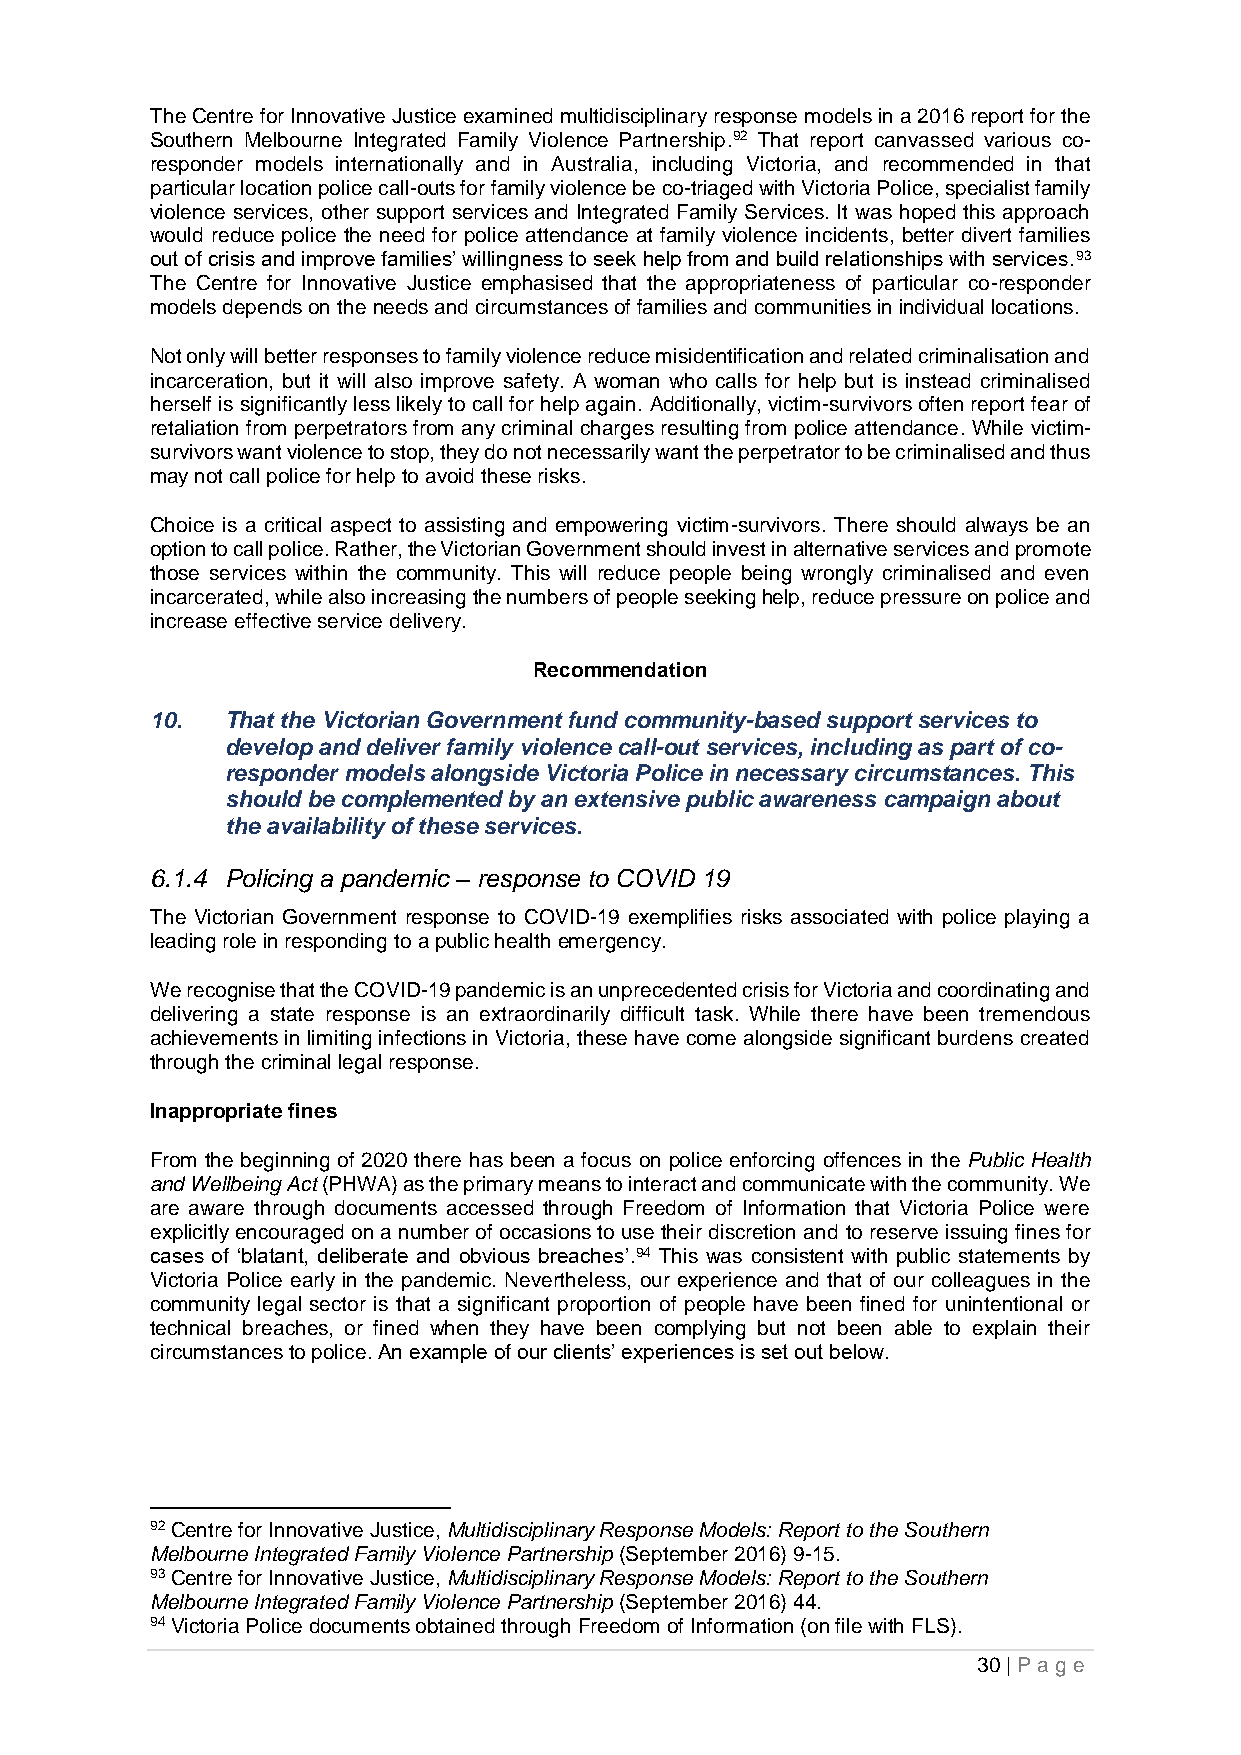
The Centre for Innovative Justice examined multidisciplinary response models in a 2016 report for the
 Southern Melbourne Integrated Family Violence Partnership.92 That report canvassed various co-
 responder models internationally and in Australia, including Victoria, and recommended in that
 particular location police call-outs for family violence be co-triaged with Victoria Police, specialist family
 violence services, other support services and Integrated Family Services. It was hoped this approach
 would reduce police the need for police attendance at family violence incidents, better divert families
 out of crisis and improve families’ willingness to seek help from and build relationships with services.93
 The Centre for Innovative Justice emphasised that the appropriateness of particular co-responder
 models depends on the needs and circumstances of families and communities in individual locations.
 Not only will better responses to family violence reduce misidentification and related criminalisation and
 incarceration, but it will also improve safety. A woman who calls for help but is instead criminalised
 herself is significantly less likely to call for help again. Additionally, victim-survivors often report fear of
 retaliation from perpetrators from any criminal charges resulting from police attendance. While victim-
 survivors want violence to stop, they do not necessarily want the perpetrator to be criminalised and thus
 may not call police for help to avoid these risks.
 Choice is a critical aspect to assisting and empowering victim-survivors. There should always be an
 option to call police. Rather, the Victorian Government should invest in alternative services and promote
 those services within the community. This will reduce people being wrongly criminalised and even
 incarcerated, while also increasing the numbers of people seeking help, reduce pressure on police and
 increase effective service delivery.
 Recommendation
 10.  That the Victorian Government fund community-based support services to
 develop and deliver family violence call-out services, including as part of co-
 responder models alongside Victoria Police in necessary circumstances. This
 should be complemented by an extensive public awareness campaign about
 the availability of these services.
 6.1.4 Policing a pandemic – response to COVID 19
 The Victorian Government response to COVID-19 exemplifies risks associated with police playing a
 leading role in responding to a public health emergency.
 We recognise that the COVID-19 pandemic is an unprecedented crisis for Victoria and coordinating and
 delivering a state response is an extraordinarily difficult task. While there have been tremendous
 achievements in limiting infections in Victoria, these have come alongside significant burdens created
 through the criminal legal response.
 Inappropriate fines
 From the beginning of 2020 there has been a focus on police enforcing offences in the Public Health
 and Wellbeing Act (PHWA) as the primary means to interact and communicate with the community. We
 are aware through documents accessed through Freedom of Information that Victoria Police were
 explicitly encouraged on a number of occasions to use their discretion and to reserve issuing fines for
 cases of ‘blatant, deliberate and obvious breaches’.94 This was consistent with public statements by
 Victoria Police early in the pandemic. Nevertheless, our experience and that of our colleagues in the
 community legal sector is that a significant proportion of people have been fined for unintentional or
 technical breaches, or fined when they have been complying but not been able to explain their
 circumstances to police. An example of our clients’ experiences is set out below.
 92 Centre for Innovative Justice, Multidisciplinary Response Models: Report to the Southern
 Melbourne Integrated Family Violence Partnership (September 2016) 9-15.
 93 Centre for Innovative Justice, Multidisciplinary Response Models: Report to the Southern
 Melbourne Integrated Family Violence Partnership (September 2016) 44.
 94 Victoria Police documents obtained through Freedom of Information (on file with FLS).
 30 | P age